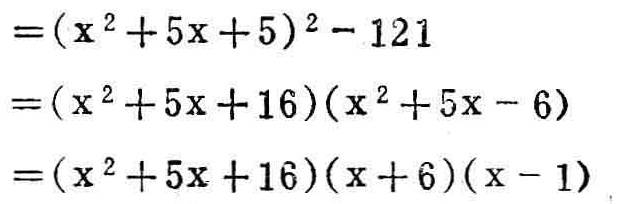
\[

\begin{align*}

&=(x^{2}+5x + 5)^{2}-121\\

&=(x^{2}+5x + 16)(x^{2}+5x - 6)\\

&=(x^{2}+5x + 16)(x + 6)(x - 1)

\end{align*}

\]